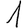
Digit: 1